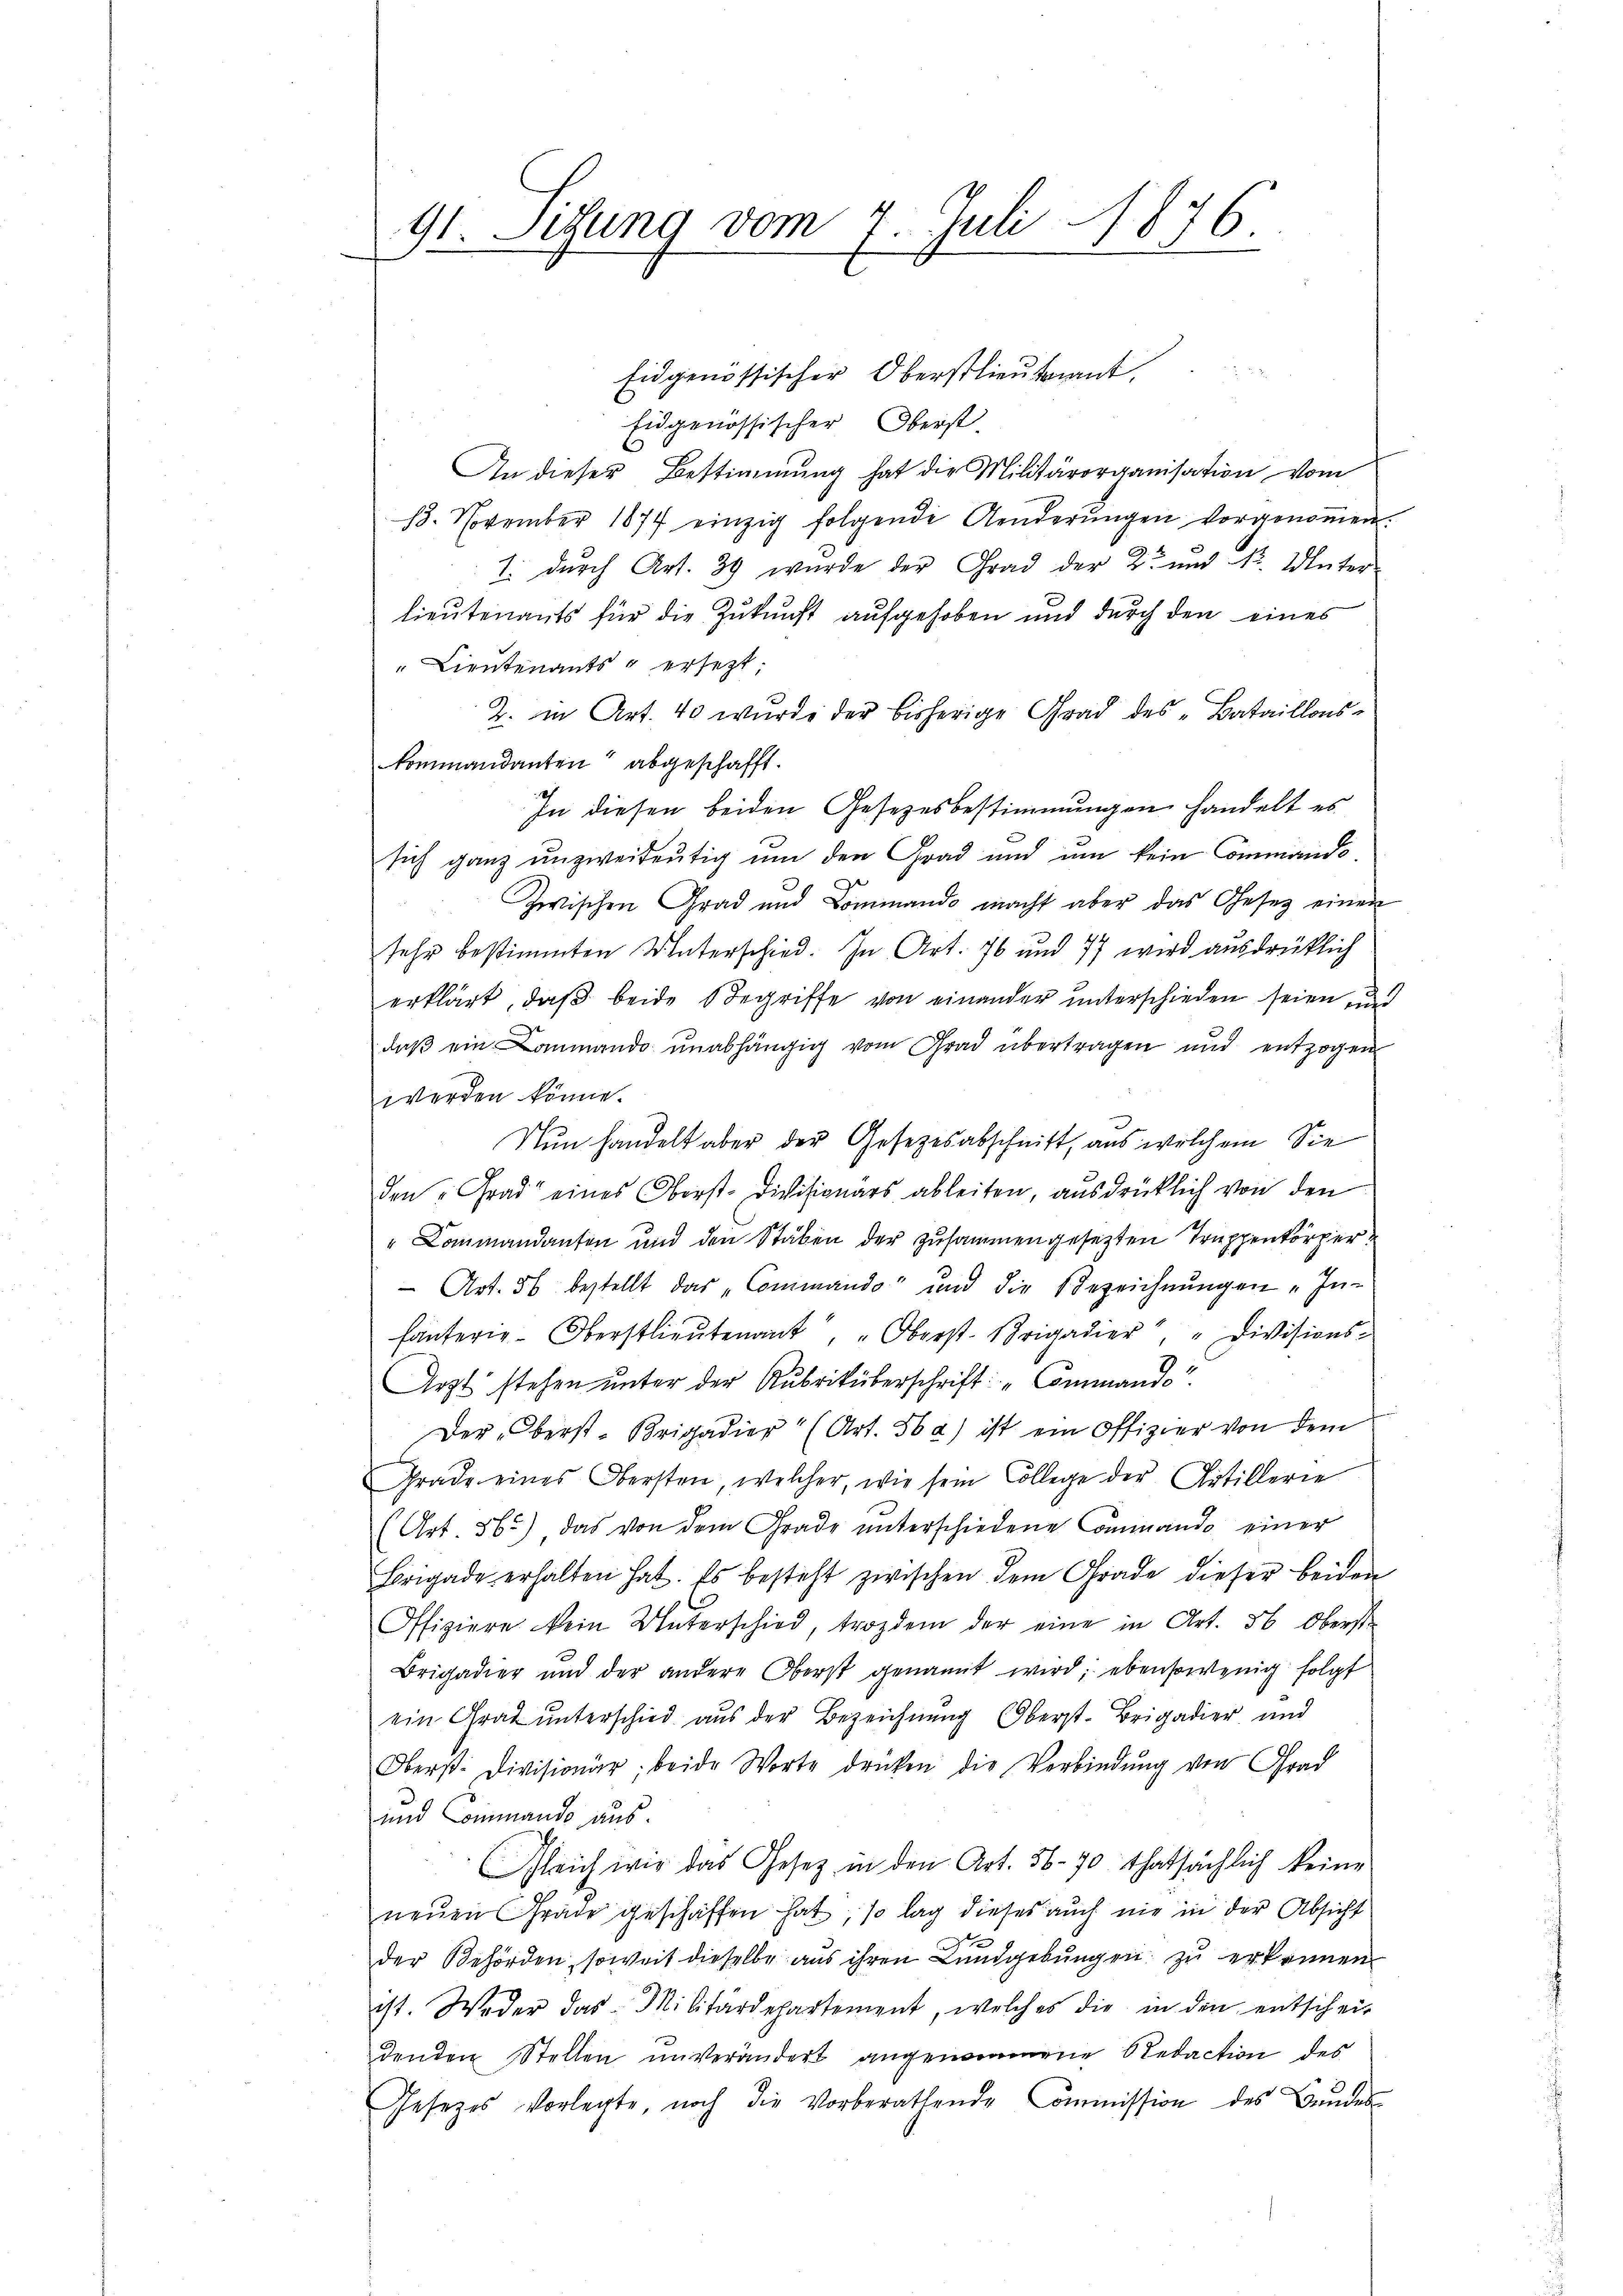
x
t. Sitzung vom 7. Juli 1876.

Eidgenössischer Oberstlieutnant
Eidgenössischer Oberst.
An dieser Bestimmung hat die Militärorganisation vom
18. November 1877 einzig folgende Aenderŭngen vorgenoṁen.
1. durch Art. 39 wurde der Grad der K. und Nr. Unter
lieutenants für die Zukunft aufgehoben und durch den eines
"Lieutenants u ersetzt;
2. in Art. 40 wurde der bisherige Grad des „Bataillons-
kommandanten abgeschafft.
In diesen beiden Gesetzesbestimmungen handelt es
sich ganz unzweideutig um den Grad und um kein Commando
Zwischen Grad und Dominando macht aber das Gesetz einen
sehr bestimmten Unterschied. In Art. 76 und 77 wird ausdrücklich
erklärt, daß beide Begriffe von einander unterschieden seien, und
daβ ein Lammando unabhängig vom Grad übertragen und entzogen
werden könne.
u
Nun handelt aber der Gesetzesabschnitt, aus welchem Sie
den Grad eines Oberst-Divisionärs ableiten, ausdrücklich von den
"Lommandanten und den Stäben der zusammengesetzten Truppenkörper
 Art. 56 bestellt das „Commando und die Bezeichnŭngen „In-
fanterie-Oberstlieutenant, " Oberst-Brigadier", " Divisions-
Arzt stehen unter der Rubriküberschrift: „Commando
Der Oberst-Brigadier" (Art. 56 a) ist ein Offizier von dem
Grade eines Obersten, welcher, wie sein College der Artillerie
(Art. 565) das von dem Grade ŭnterschiedene Commando einer
Brigade erhalten hat. Es besteht zwischen dem Grade dieser beiden
Offiziere kein Unterschied, trozdem der eine in Art. 56 Oberst
Brigadier und der andere Oberst genannt wird; ebensowenig folgt
ein Graf unterschied aus der Bezeichnung Oberst-Brigadier und
Oberst. Divisionär beide Worte denken die Verbindŭng von Grad
und Commando aus.
Gleich wir das Gesetz in den Art. 56-70 thatsächlich keine
neŭen Grade geschaffen hat, so lag dieses auch nie in der Absicht
der Behörden, soweit dieselbe aus ihren Lundgebungen zu erkennen
ist. Weder das Militärdepartement, welches die in den entschei-
denden Stellen unverändert angenommene Redaction des
Gesetzes vorlegte, noch die Vorberathende Commission des Bundes